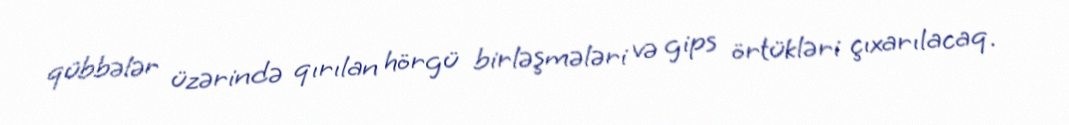
qübbələr üzərində qırılan hörgü birləşmələri və gips örtükləri çıxarılacaq.